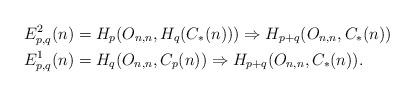
LaTeX: \begin{align*}E^{2}_{p,q}(n) &= H_{p}(O_{n,n}, H_{q}(C_{*}(n))) \Rightarrow H_{p+q}(O_{n,n}, C_{*}(n)) \\E^{1}_{p,q}(n) &= H_{q}(O_{n,n}, C_{p}(n)) \Rightarrow H_{p+q}(O_{n,n}, C_{*}(n)). \end{align*}